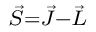
\scriptstyle { \vec { S } } = { \vec { J } } - { \vec { L } }